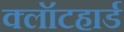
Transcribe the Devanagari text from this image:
क्लॉटहार्ड